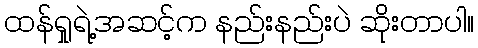
ထန်ရှုရဲ့အဆင့်က နည်းနည်းပဲ ဆိုးတာပါ။